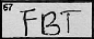
Transcription: FBT